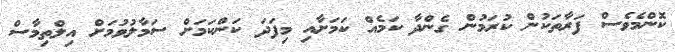
ކޮންމެވެސް ފަރާތަކުން ކުރަމުން ގެންދާ ކަމެއް ކަމަށާއި މިފަދަ ކަންކަމަށް ސަމާލުވުމަށް އިލްތިމާސް